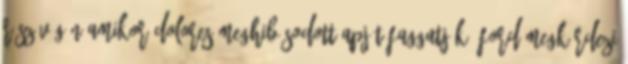
rész végén amikor Dolores meghibásodott apját faggatják, Ford megkérdezi